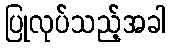
ပြုလုပ်သည့်အခါ